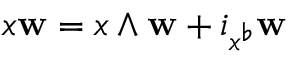
x \mathbf { w } = x \wedge \mathbf { w } + i _ { x ^ { \flat } } \mathbf { w }